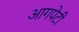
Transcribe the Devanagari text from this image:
आगपेटी